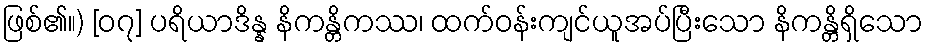
ဖြစ်၏။) [၀၇] ပရိယာဒိန္န နိကန္တိကဿ၊ ထက်ဝန်းကျင်ယူအပ်ပြီးသော နိကန္တိရှိသော